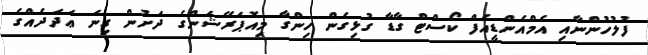
ފުލުހުންނާއި އެމްއެންޑީއެފް ކޯސްޓް ގާޑާ ގުޅިގެން ހިންގާ މިއޮޕަރޭޝަންގެ ދަށުން ގިނަ ޢަދަދެއްގެ